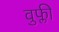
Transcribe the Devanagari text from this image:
वुफ्ली